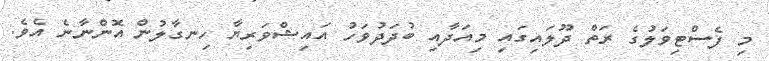
މި ފެސްޓިވަލުގެ ރަތް ދޫލައިގައި މިއަދާއި ބުދަދުވަހު އައިޝްވަރިޔާ ހިނގާލުން އޮންނާނެ އެވެ.